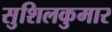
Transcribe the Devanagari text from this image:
सुशिलकुमार